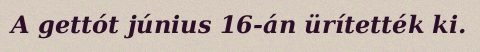
A gettót június 16-án ürítették ki.